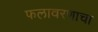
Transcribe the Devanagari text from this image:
फलावरणाचा